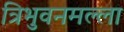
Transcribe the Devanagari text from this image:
त्रिभुवनमल्‍ला